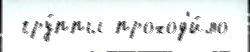
 гру́ппы проход'и́ло